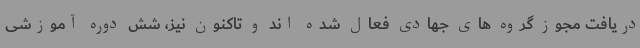
دریافت مجوز گروه های جهادی فعال شده اند و تاکنون نیز، شش دوره آموزشی